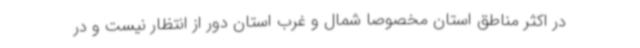
در اکثر مناطق استان مخصوصا شمال و غرب استان دور از انتظار نیست و در